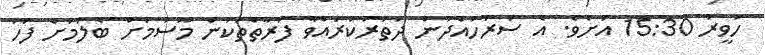
ހަވީރު 15:30 އަށެވެ. އެ ސަރަހައްދުން ދަތުރުކުރައްވާ ފަރާތްތަކުން މޫސުމަށް ބެލުމަށް ފަހު